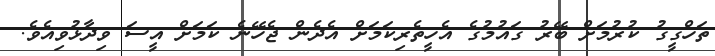
ތަހްގީގު ކުރުމަށް ބޭރު ގައުމުގެ އެހީތެރިކަމަށް އެދެން ޖެހޭނެ ކަމަށް އީސަ ވިދާޅުވިއެވެ.